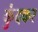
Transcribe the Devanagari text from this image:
कुंदकर